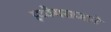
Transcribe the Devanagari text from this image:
इळैयराजाने